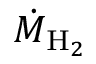
\dot { M } _ { \mathrm { H } _ { 2 } }